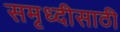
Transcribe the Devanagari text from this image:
समृध्दीसाठी